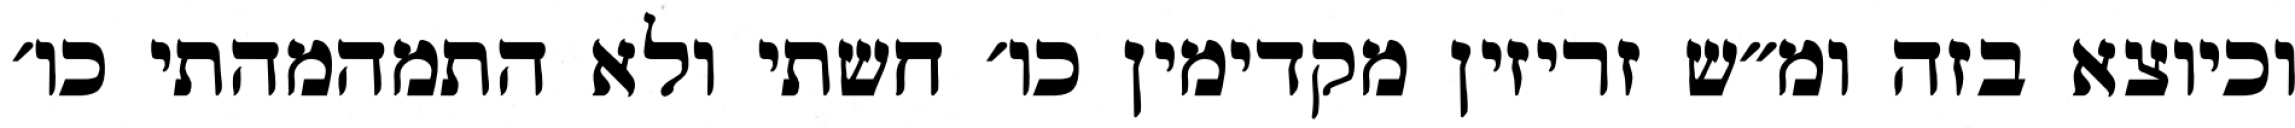
וכיוצא בזה ומ״ש זריזין מקדימין כו׳ חשתי ולא התמהמהתי כו׳